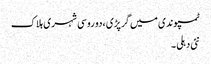
ٹمپو ندی میں گرپڑی ،دو روسی شہری ہلاک
نئی دہلی ۔